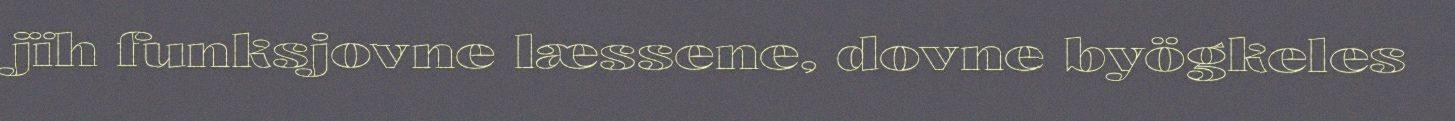
jïh funksjovne læssene, dovne byögkeles